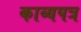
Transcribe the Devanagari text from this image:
काव्यपत्र